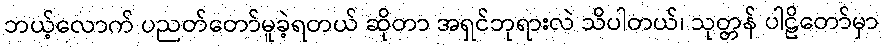
ဘယ့်လောက် ပညတ်တော်မူခဲ့ရတယ် ဆိုတာ အရှင်ဘုရားလဲ သိပါတယ်၊ သုတ္တန် ပါဠိတော်မှာ